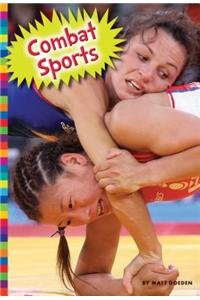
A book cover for Combat Sports (Summer Olympic Sports); Matt Doeden; Children's Books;